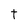
Character: t